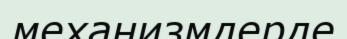
механизмдерде